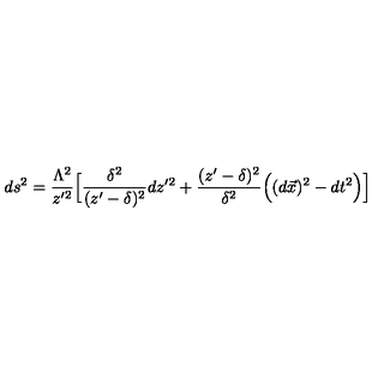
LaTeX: d s ^ { 2 } = { \frac { \Lambda ^ { 2 } } { z ^ { \prime 2 } } } \Big \lbrack { \frac { \delta ^ { 2 } } { ( z ^ { \prime } - \delta ) ^ { 2 } } } d z ^ { \prime 2 } + { \frac { ( z ^ { \prime } - \delta ) ^ { 2 } } { \delta ^ { 2 } } } \Big ( ( d \vec { x } ) ^ { 2 } - d t ^ { 2 } \Big ) \Big \rbrack